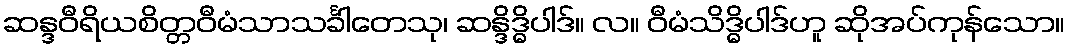
ဆန္ဒဝီရိယစိတ္တဝီမံသာသင်္ခါတေသု၊ ဆန္ဒိဒ္ဓိပါဒ်။ လ။ ဝီမံသိဒ္ဓိပါဒ်ဟူ ဆိုအပ်ကုန်သော။